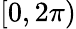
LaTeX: [0,2\pi)